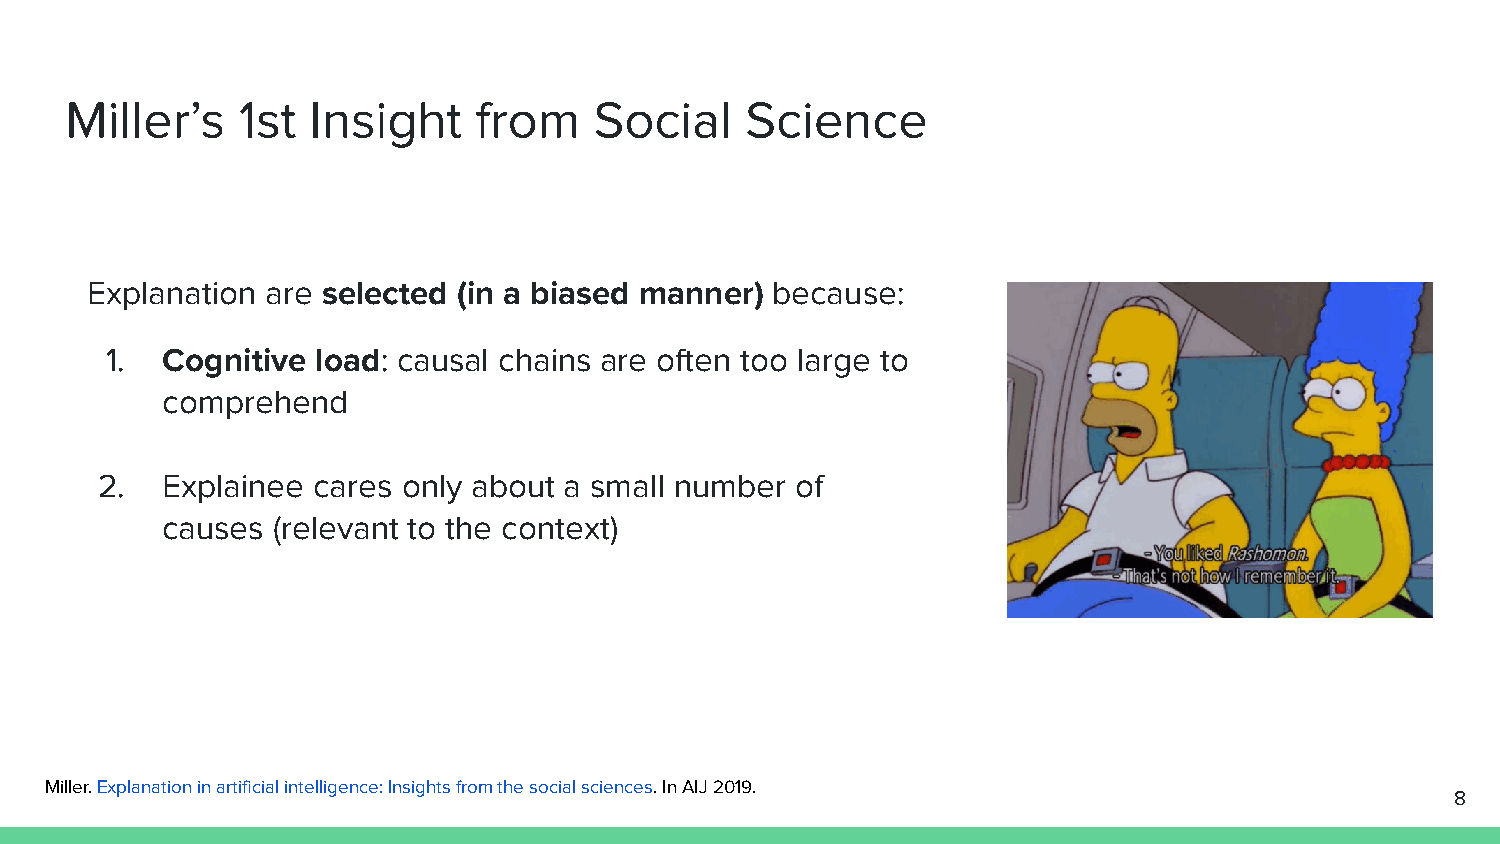
Miller’s    1st  Insight   from    Social    Science
 Explanation are selected (in a biased manner) because:
 1.  Cognitive load: causal chains are often too large to
 comprehend
 2.   Explainee cares only about a small number of
 causes (relevant to the context)
 Miller. Explanation in artificial intelligence: Insights from the social sciences. In AIJ 2019.
 8